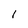
Character: I